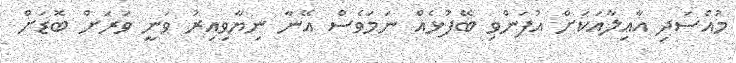
މުއްސަދި އާއިލާއަކަށް އުފަންވި ބޭފުޅެއް ނަމަވެސް އޭނާ ނިޔާވިއިރު ވަނީ ވަރަށް ބޮޑަށް